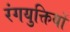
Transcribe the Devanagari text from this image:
रंगयुक्तियों